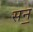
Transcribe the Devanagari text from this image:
सन॒